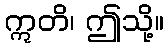
ဣတိ၊ ဤသို့။